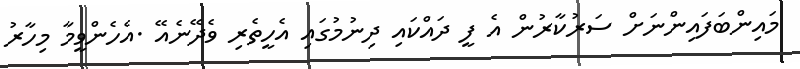
މައިންބަފައިންނަށް ސަރުކާރުން އެ ފީ ދައްކައި ދިނުމުގައި އެހީތެރި ވެދޭނެއޭ .އެހެންވީމާ މިހާރު